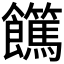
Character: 𩟵